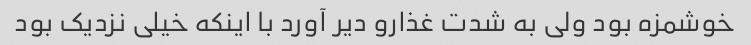
خوشمزه بود ولی به شدت غذارو دیر آورد با اینکه خیلی نزدیک بود